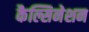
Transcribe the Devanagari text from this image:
कैल्सिनेशन